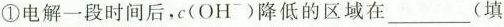
①电解一段时间后，c(OH^{-})降低的区域在___(填